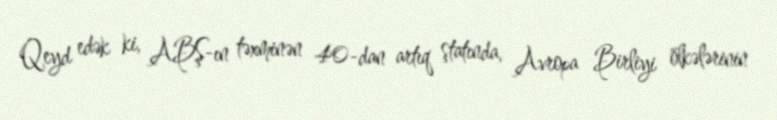
Qeyd edək ki, ABŞ-ın təxminən 40-dan artıq ştatında, Avropa Birliyi ölkələrinin